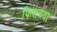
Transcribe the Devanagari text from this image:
फिशच्या